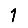
Digit: 1